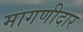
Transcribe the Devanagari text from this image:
मागणीदार